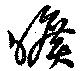
曠